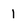
Character: l